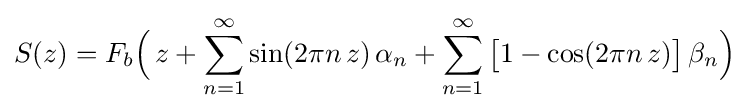
S(z)=F_{b}{\Bigl (}\,z+\sum _{n=1}^{\infty }\sin(2\pi n\,z)\,\alpha _{n}+\sum _{n=1}^{\infty }{\bigl [}1-\cos(2\pi n\,z){\bigr ]}\,\beta _{n}{\Bigr )}